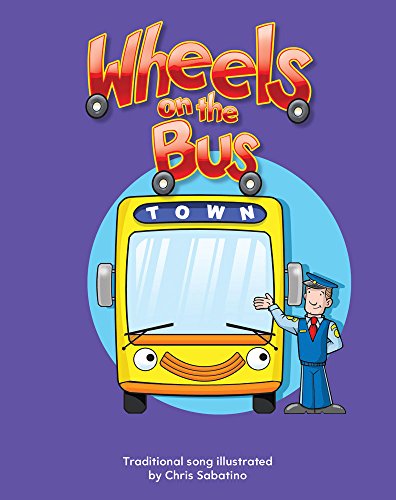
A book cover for Wheels on the Bus Lap Book (Literacy, Language, and Learning); Chris Sabatino; Children's Books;